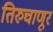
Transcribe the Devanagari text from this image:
तिरुचाणूर